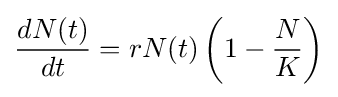
{\frac {dN(t)}{dt}}=rN(t)\left(1-{\frac {N}{K}}\right)